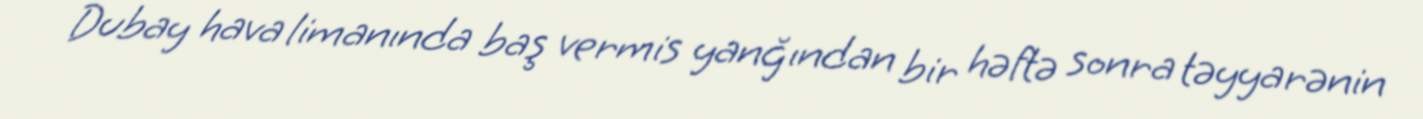
Dubay hava limanında baş vermis yanğından bir həftə sonra təyyarənin